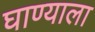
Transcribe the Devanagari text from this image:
घाण्याला